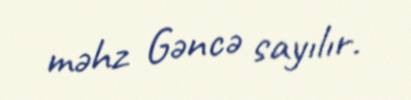
məhz Gəncə sayılır.